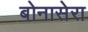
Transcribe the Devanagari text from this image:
बोनासेरा